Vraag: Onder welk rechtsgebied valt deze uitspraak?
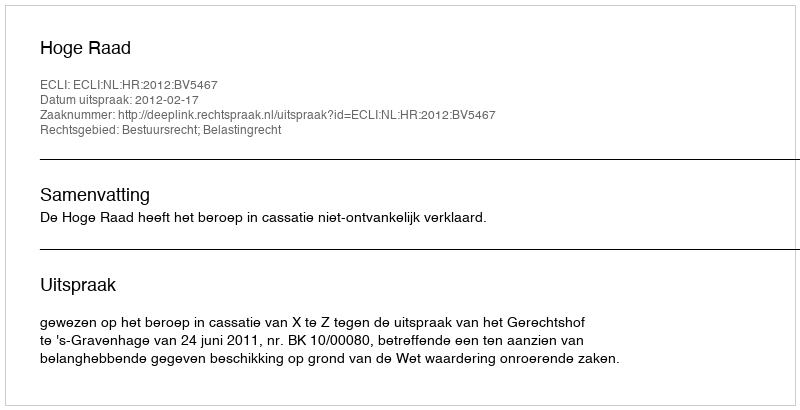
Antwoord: Bestuursrecht; Belastingrecht